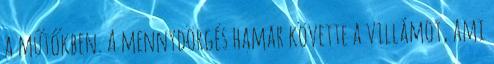
a műtőkben. A mennydörgés hamar követte a villámot, ami